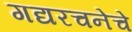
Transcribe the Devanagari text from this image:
गद्यरचनेचे